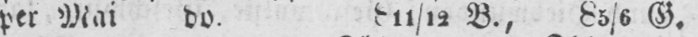
per Mai do. 811/12 B., 85/6 G.